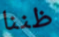
ظننا